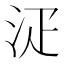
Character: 𣳟